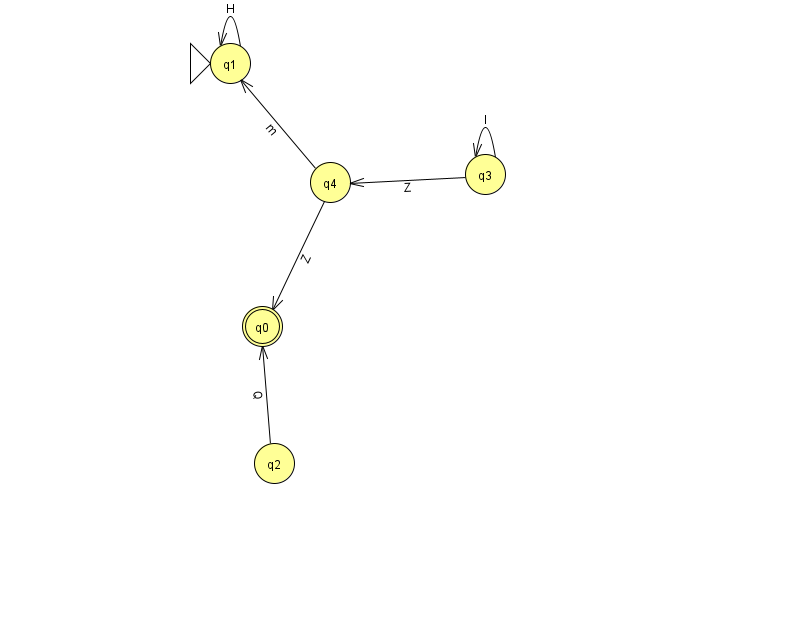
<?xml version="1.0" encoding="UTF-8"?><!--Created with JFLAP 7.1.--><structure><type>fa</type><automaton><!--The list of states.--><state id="0" name="q0"><x>262.0</x><y>313.0</y><final/></state><state id="1" name="q1"><x>230.0</x><y>50.0</y><initial/></state><state id="2" name="q2"><x>274.0</x><y>450.0</y></state><state id="3" name="q3"><x>485.0</x><y>161.0</y></state><state id="4" name="q4"><x>330.0</x><y>169.0</y></state><!--The list of transitions.--><transition><from>3</from><to>4</to><read>Z</read></transition><transition><from>4</from><to>0</to><read>Z</read></transition><transition><from>4</from><to>1</to><read>m</read></transition><transition><from>1</from><to>1</to><read>H</read></transition><transition><from>3</from><to>3</to><read>I</read></transition><transition><from>2</from><to>0</to><read>Q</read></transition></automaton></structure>